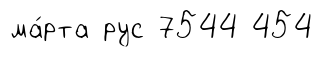
ма́рта рус 7544 454